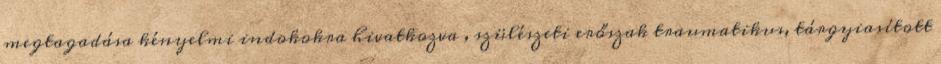
megtagadása kényelmi indokokra hivatkozva , szülészeti erőszak traumatikus, tárgyiasított